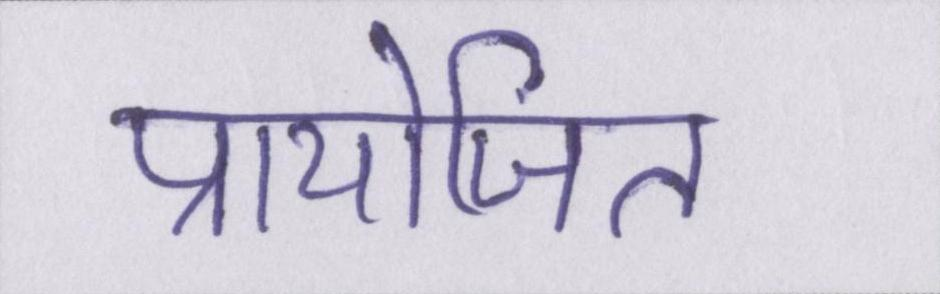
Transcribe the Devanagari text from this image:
प्रायोजित